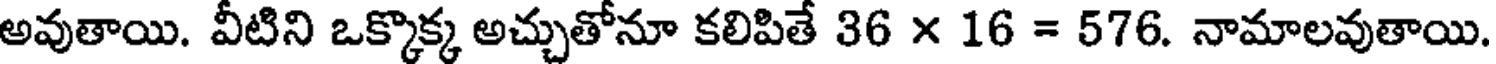
అవుతాయి. వీటిని ఒక్కొక్క అచ్చుతోనూ కలిపితే 36 x 16 = 576. నామాలవుతాయి